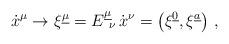
LaTeX: \begin{align*}{\dot{x}}^{\mu} \to\xi^{\underline{\mu}} = E^{\underline{\mu}}_{\ \nu} \, {\dot{x}}^{\nu}=\left( \xi^{\underline{0}}, \xi^{\underline{a}} \right)\, ,\end{align*}